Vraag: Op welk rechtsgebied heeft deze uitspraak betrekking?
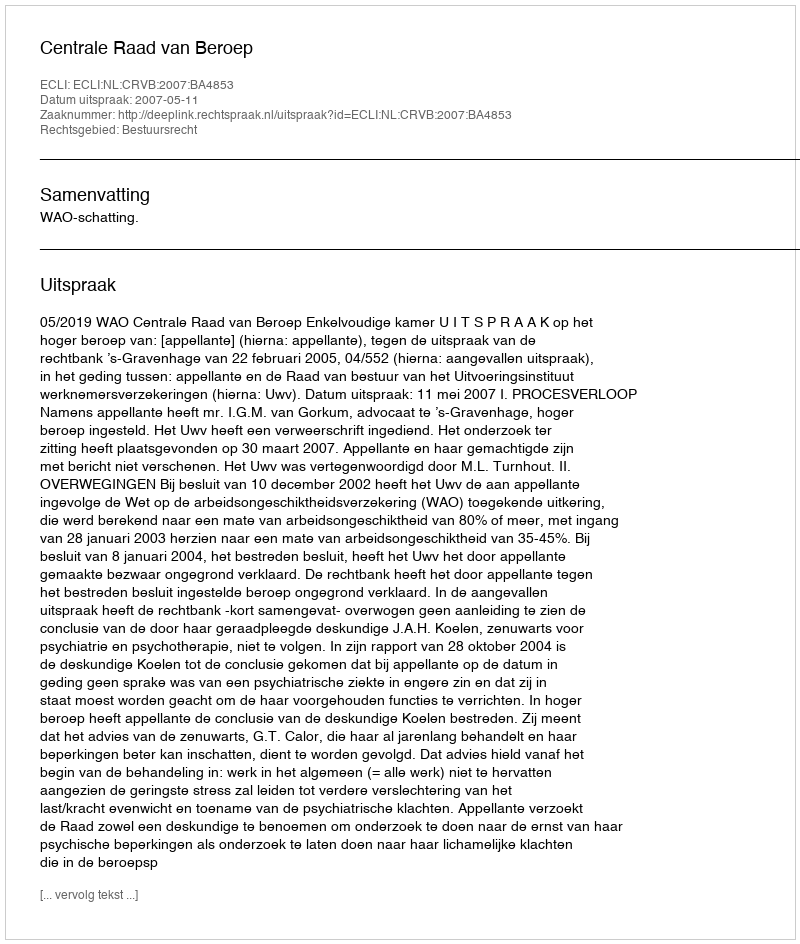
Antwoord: Bestuursrecht